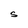
Character: S